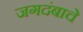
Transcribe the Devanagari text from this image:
जगदंबाचे